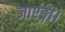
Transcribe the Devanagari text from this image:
जाएङ्गी।